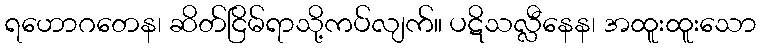
ရဟောဂတေန၊ ဆိတ်ငြိမ်ရာသို့ကပ်လျက်။ ပဋိသလ္လီနေန၊ အထူးထူးသော